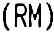
(RM)